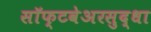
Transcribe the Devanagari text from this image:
सॉफ्टवेअरसुद्धा